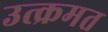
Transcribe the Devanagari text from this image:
उत्क्रमत